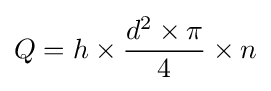
Q=h\times {\frac {d^{2}\times \pi }{4}}\times n